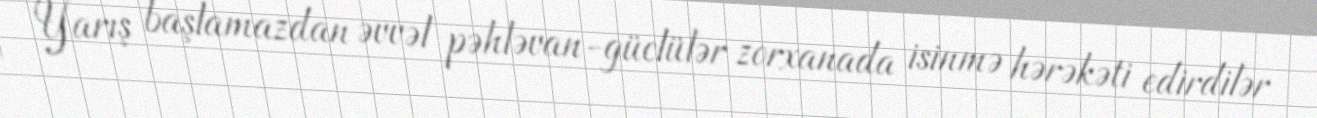
Yarış başlamazdan əvvəl pəhləvan-güclülər zorxanada isinmə hərəkəti edirdilər